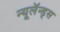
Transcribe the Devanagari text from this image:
न्यूलॅन्ड्स